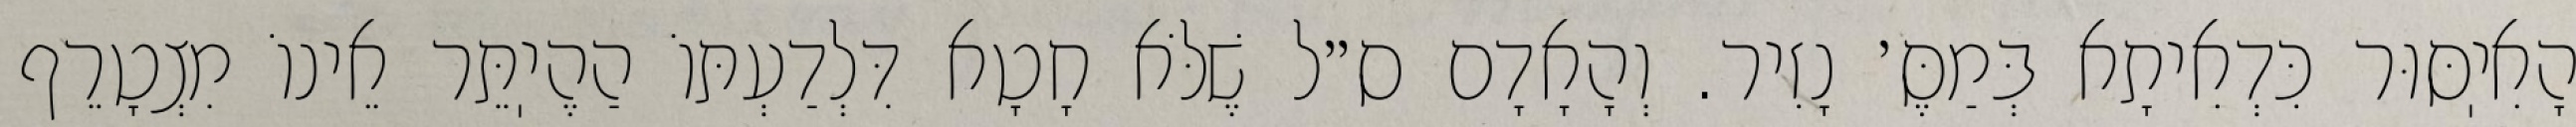
הָאִיֽסּוּר כִּדְאִיתָא בְּמַסֶּ׳ נָזִיר. וְהָאָדָם ס״ל שֶׁלֹּא חָטָא דִּלְדַעְתּוֹ הַהֶיֽתֵּר אֵינוֹ מִצְטָרֵף